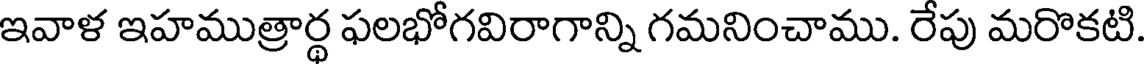
ఇవాళ ఇహముత్రార్థ ఫలభోగవిరాగాన్ని గమనించాము. రేపు మరొకటి